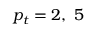
p _ { t } = 2 , ~ 5